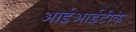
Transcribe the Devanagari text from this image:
आईआईटीके